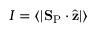
I = \langle | { \bf S } _ { \mathrm { P } } \cdot \hat { { \bf z } } | \rangle